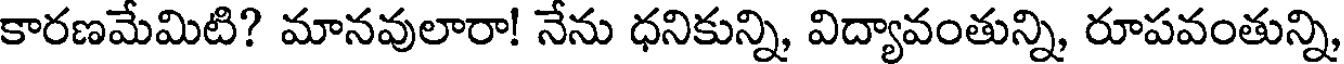
కారణమేమిటి? మానవులారా! నేను ధనికున్ని, విద్యావంతున్ని, రూపవంతున్ని